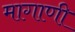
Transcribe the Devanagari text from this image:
मागाणी